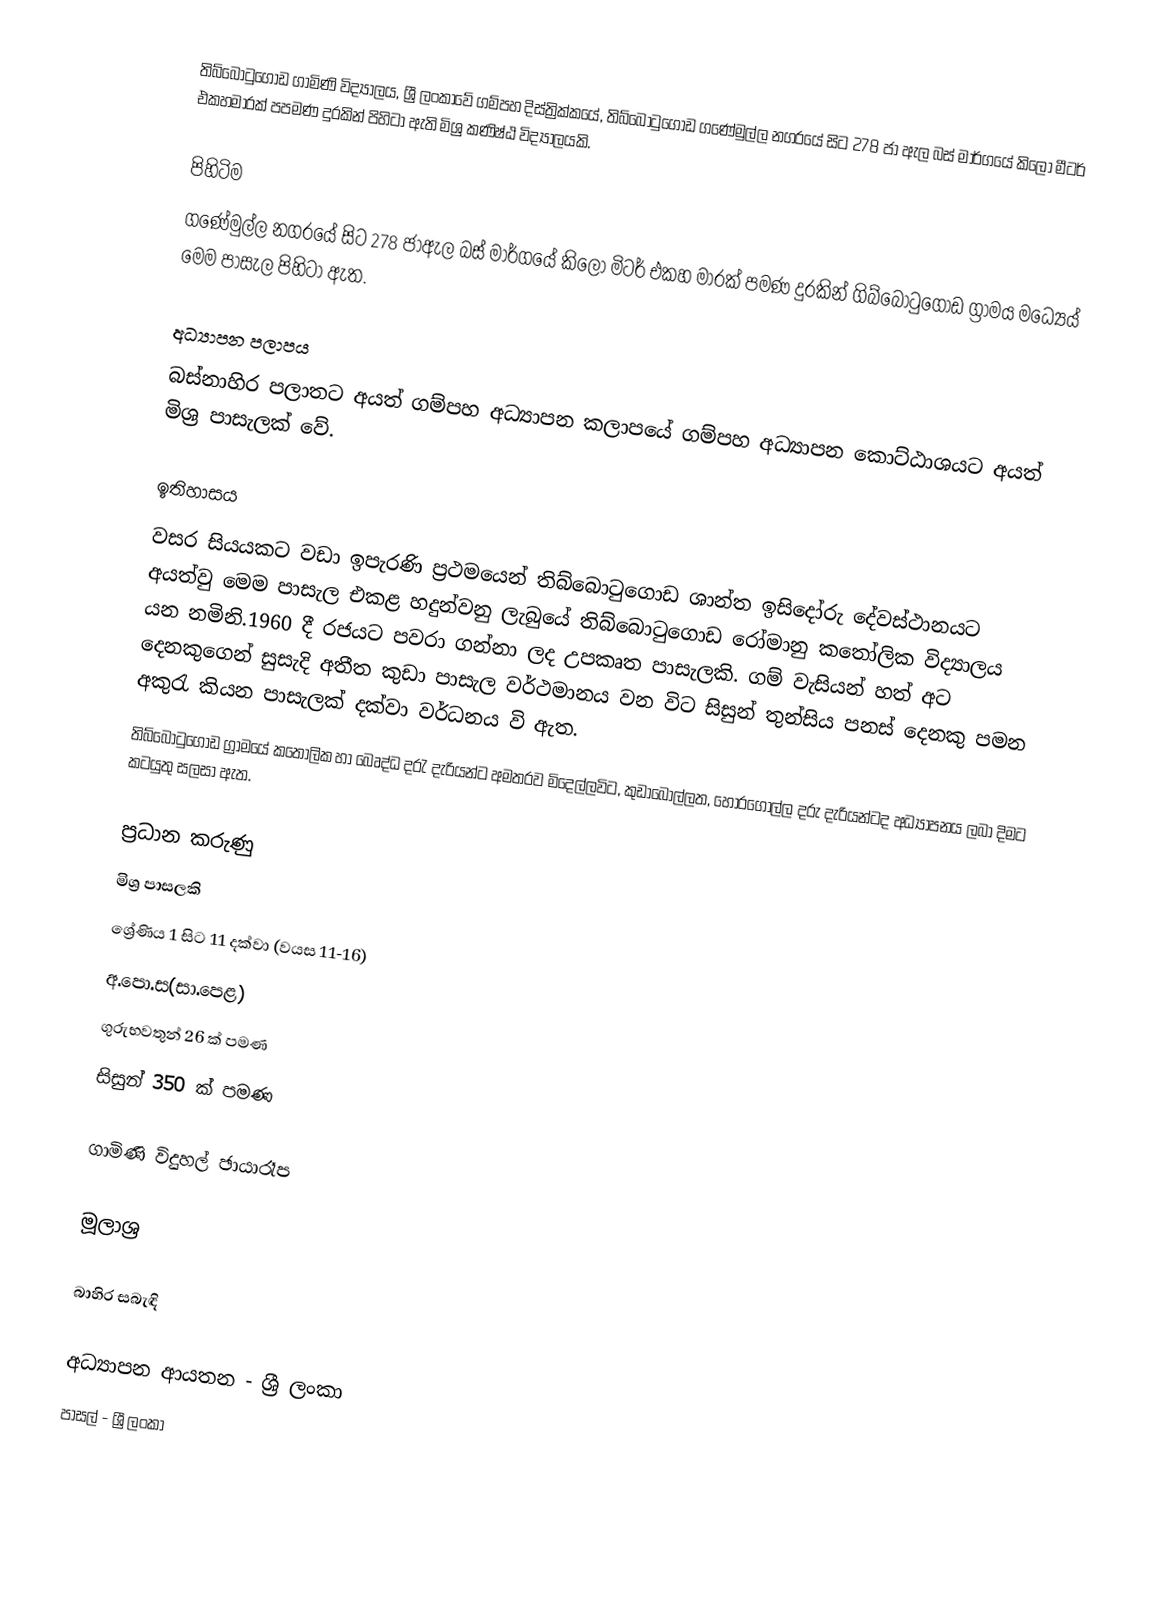
තිබ්බොටුගොඩ ගාමිණි විද්‍යාලය, ශ්‍රී ලංකාවේ ගම්පහ දිස්ත්‍රික්කයේ, තිබ්බොටුගොඩ ගණේමුල්ල නගරයේ සිට 278 ජා ඇල බස් මාර්ගයේ කිලෝ මීටර් එකහමාරක් පපමණ දුරකින් පිහිටා ඇති මිශ්‍ර කණිෂ්ඨ විද්‍යාලයකි.

පිහිටිම
ගණේමුල්ල නගරයේ සිට 278 ජාඇල බස් මාර්ගයේ කිලෝ මිටර් එකහ මාරක් පමණ දුරකින් ගිබ්බොටුගොඩ ග්‍රාමය මධ්‍යෙය් මෙම පාසැල පිහිටා ඇත.

අධ්‍යාපන පලාපය
බස්නාහිර පලාතට අයත් ගම්පහ අධ්‍යාපන කලාපයේ ගම්පහ අධ්‍යාපන කොට්ඨාශයට අයත් මිශ්‍ර පාසැලක් වේ.

ඉතිහාසය
වසර සියයකට වඩා ඉපැරණි ප්‍රථමයෙන් තිබ්බොටුගොඩ ශාන්ත ඉසිදෝරු දේවස්ථානයට අයත්වු මෙම පාසැල එකළ හදුන්වනු ලැබුයේ තිබ්බොටුගොඩ රෝමානු කතෝලික විද්‍යාලය යන නමිනි.1960 දී රජයට පවරා ගන්නා ලද උපකෘත පාසැලකි. ගම් වැසියන් හත් අට දෙනකුගෙන් සුසැදි අතීත කුඩා පාසැල වර්ථමානය වන විට සිසුන් තුන්සිය පනස් දෙනකු පමන අකුරැ කියන පාසැලක් දක්වා වර්ධනය වි ඇත.
තිබ්බොටුගොඩ ග්‍රාමයේ කතෝලික හා බෙෘද්ධ දරැ දැරියන්ට අමතරව මිදෙල්ලවිට, කුඩාබොල්ලත, හොරගොල්ල දරු දැරියන්ටද අධ්‍යාපනය ලබා දිමට කටයුතු සලසා ඇත.

ප්‍රධාන කරුණු
 මිශ්‍ර  පාසලකි
ශ්‍රේණිය 1 සිට 11  දක්වා (වයස 11-16)
අ.පො.ස(සා.පෙළ)
ගුරුභවතුන් 26 ක් පමණ
සිසුන් 350 ක් පමණ

ගාමිණි විදුහල් ඡායාරෑප

මූලාශ්‍ර

බාහිර සබැඳි

අධ්‍යාපන ආයතන - ශ්‍රී ලංකා
පාසල් - ශ්‍රී ලංකා